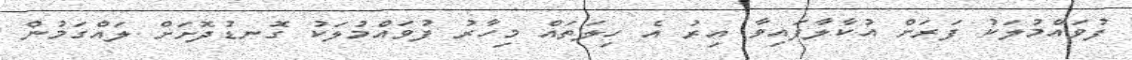
ފުވައްމުލަކު ފަރަށް އުކާލާފައިވާ އިރު އެ ހިލަތައް މިހާރު ފުވައްމުލަކު ގޮނޑުދޮށަށް ލައްގަމުން